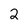
Character: 2